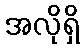
အလိုရှိ